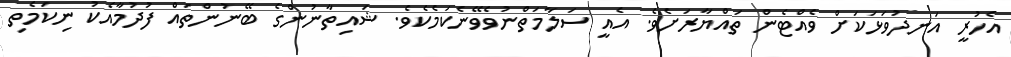
އެހުރީ އަނދުވަޅަކަށް ވެއްޓެން ތައްޔާރަށެވެ. އެއީ ސަލާމަތްނުވެވޭނެކަމެކެވެ. ޝައިތާނުންގެ ބޭނުންތައް ފުދުމާއެކު ނިކަމެތި